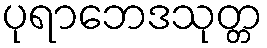
ပုရာဘေဒသုတ္တ